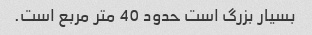
بسیار بزرگ است حدود 40 متر مربع است.